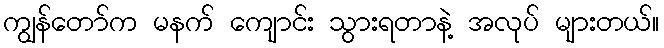
ကျွန်တော်က မနက် ကျောင်း သွားရတာနဲ့ အလုပ် များတယ်။